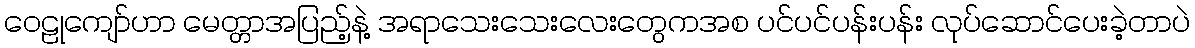
ဝေဠုကျော်ဟာ မေတ္တာအပြည့်နဲ့ အရာသေးသေးလေးတွေကအစ ပင်ပင်ပန်းပန်း လုပ်ဆောင်ပေးခဲ့တာပဲ